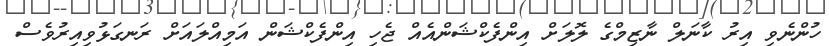
ހުންނެވި އިރު ކާނަލް ނާޒިމްގެ ލޮލަށް އިންފެކްޝަންއެއް ޖެހި އިންފެކްޝަން އަމިއްލައަށް ރަނގަޅުވިއިރުވެސް